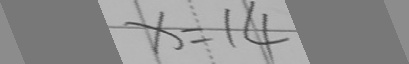
x = 1 4